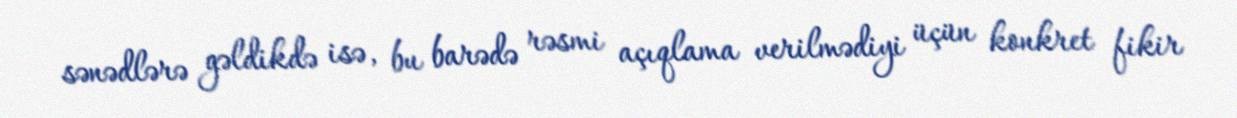
sənədlərə gəldikdə isə, bu barədə rəsmi açıqlama verilmədiyi üçün konkret fikir